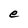
Character: e